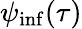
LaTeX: \psi_{\mathrm{inf}}(\tau)